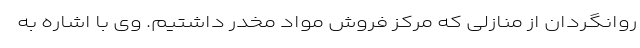
روانگردان از منازلی که مرکز فروش مواد مخدر داشتیم. وی با اشاره به